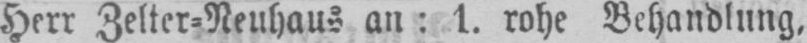
Herr Zelter⸗Neuhaus an: 1. rohe Behandlung,